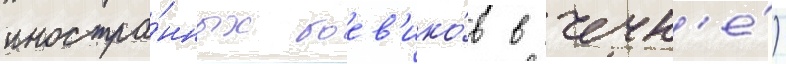
иностра́нных боев'ико́в в чечн'е́)